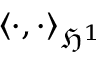
\langle \cdot , \cdot \rangle _ { \mathfrak { H } ^ { 1 } }